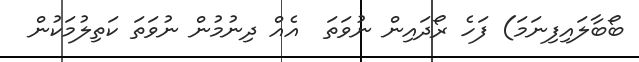
ބޯބާލައިފިނަމަ) ފަހެ ރޯދައިން ނުވަތަ  އެއް ދިނުމުން ނުވަތަ ކަތިލުމަކުން